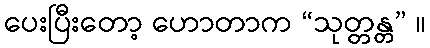
ပေးပြီးတော့ ဟောတာက “သုတ္တန္တ” ။